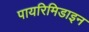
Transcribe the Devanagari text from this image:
पायरिमिडाइन